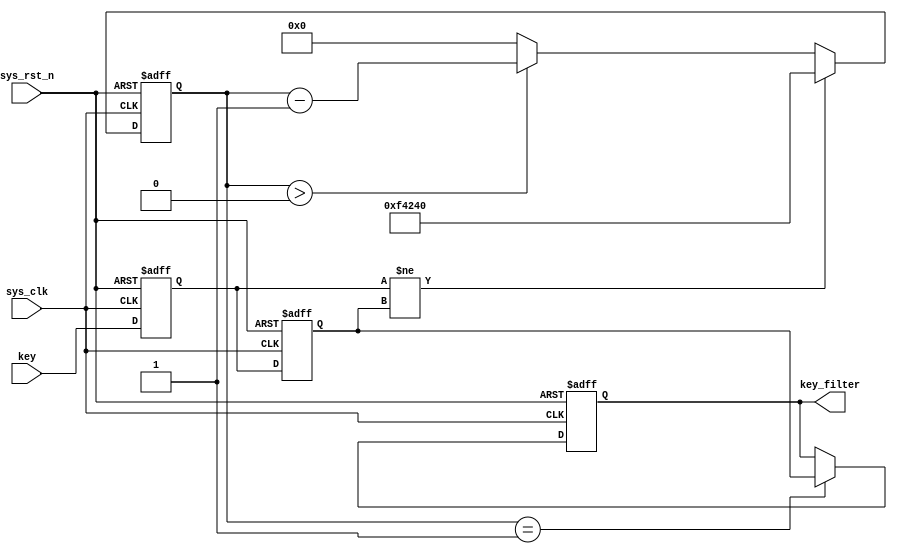
// Design key_debounce module, to generate key_filter signal
module key_debounce(input sys_clk,          // system clock
                    input sys_rst_n,        // reset signal, low active
                    input key,              // key input
                    output reg key_filter); // key_filter output
    
    reg key_d0;
    reg key_d1;
    reg [19:0] cnt;
    
    
    parameter T = 20'd1_000_000;           // if the signal lasts more than 20ms, it is valid
    
    // generate key_d0 and key_d1
    always @(posedge sys_clk or negedge sys_rst_n) begin
        if (!sys_rst_n) begin
            key_d0 <= 1'b1;
            key_d1 <= 1'b1;
        end
        else begin
            key_d0 <= key;
            key_d1 <= key_d0;
        end
    end
    
    
    // cnt decrease from T to 0, to count 1,000,000 cycles (20ms)
    always @(posedge sys_clk or negedge sys_rst_n) begin
        if (!sys_rst_n)
            cnt <= 20'd0;
        else if (key_d0 != key_d1)
            cnt <= T;
        else if (cnt > 20'd0)
            cnt <= cnt - 20'd1;
        else
            cnt <= 20'd0;
    end
    
    // generate key_filter
    always @(posedge sys_clk or negedge sys_rst_n) begin
        if (!sys_rst_n)
            key_filter <= 1'b1;
        else if (cnt == 20'd1)
            key_filter <= key_d1;       // keep with key_d1, to emilinate metastability
        else
            key_filter <= key_filter;
    end
    
endmodule